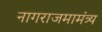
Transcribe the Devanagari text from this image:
नागराजमामंत्र्य